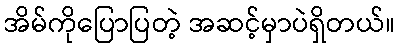
အိမ်ကိုပြောပြတဲ့ အဆင့်မှာပဲရှိတယ်။